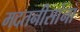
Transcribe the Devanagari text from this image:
मदतनीसांना